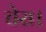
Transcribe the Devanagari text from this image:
चेरा।